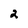
Character: 2